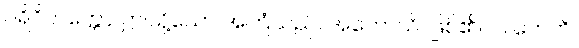
ပရိဝိတက္ကော၊ ဤသို့သော အကြံသည်။ အဟောသိ၊ ဖြစ်၏။ ပ။ တေဟိ၊